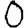
Digit: 0